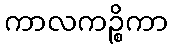
ကာလကဉ္စိကာ